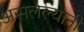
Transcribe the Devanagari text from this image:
असलेल्यानी